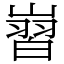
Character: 㠄